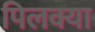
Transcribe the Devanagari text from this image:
पिलक्या